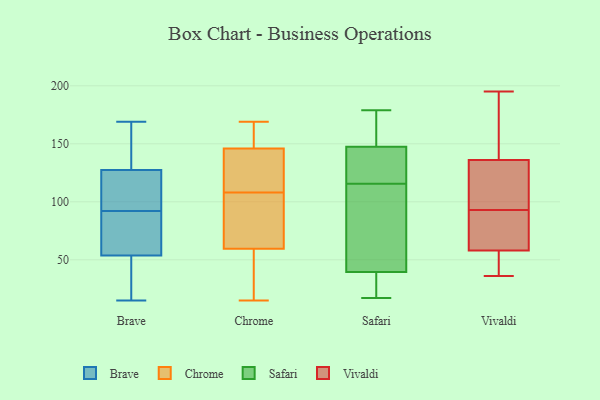
{"axis": {"x": "Operating Costs (USD K)", "y": "Value"}, "legend": ["Brave", "Chrome", "Safari", "Vivaldi"], "data": [{"x": "", "y": 108, "type": "Brave"}, {"x": "", "y": 134, "type": "Brave"}, {"x": "", "y": 92, "type": "Brave"}, {"x": "", "y": 99, "type": "Brave"}, {"x": "", "y": 169, "type": "Brave"}, {"x": "", "y": 50, "type": "Brave"}, {"x": "", "y": 65, "type": "Brave"}, {"x": "", "y": 134, "type": "Brave"}, {"x": "", "y": 19, "type": "Brave"}, {"x": "", "y": 71, "type": "Brave"}, {"x": "", "y": 15, "type": "Brave"}, {"x": "", "y": 164, "type": "Chrome"}, {"x": "", "y": 133, "type": "Chrome"}, {"x": "", "y": 108, "type": "Chrome"}, {"x": "", "y": 15, "type": "Chrome"}, {"x": "", "y": 129, "type": "Chrome"}, {"x": "", "y": 43, "type": "Chrome"}, {"x": "", "y": 166, "type": "Chrome"}, {"x": "", "y": 169, "type": "Chrome"}, {"x": "", "y": 140, "type": "Chrome"}, {"x": "", "y": 88, "type": "Chrome"}, {"x": "", "y": 65, "type": "Chrome"}, {"x": "", "y": 34, "type": "Chrome"}, {"x": "", "y": 72, "type": "Chrome"}, {"x": "", "y": 28, "type": "Safari"}, {"x": "", "y": 44, "type": "Safari"}, {"x": "", "y": 134, "type": "Safari"}, {"x": "", "y": 173, "type": "Safari"}, {"x": "", "y": 35, "type": "Safari"}, {"x": "", "y": 105, "type": "Safari"}, {"x": "", "y": 58, "type": "Safari"}, {"x": "", "y": 126, "type": "Safari"}, {"x": "", "y": 129, "type": "Safari"}, {"x": "", "y": 179, "type": "Safari"}, {"x": "", "y": 161, "type": "Safari"}, {"x": "", "y": 17, "type": "Safari"}, {"x": "", "y": 103, "type": "Vivaldi"}, {"x": "", "y": 36, "type": "Vivaldi"}, {"x": "", "y": 136, "type": "Vivaldi"}, {"x": "", "y": 72, "type": "Vivaldi"}, {"x": "", "y": 55, "type": "Vivaldi"}, {"x": "", "y": 195, "type": "Vivaldi"}, {"x": "", "y": 150, "type": "Vivaldi"}, {"x": "", "y": 182, "type": "Vivaldi"}, {"x": "", "y": 83, "type": "Vivaldi"}, {"x": "", "y": 129, "type": "Vivaldi"}, {"x": "", "y": 52, "type": "Vivaldi"}, {"x": "", "y": 69, "type": "Vivaldi"}, {"x": "", "y": 58, "type": "Vivaldi"}, {"x": "", "y": 121, "type": "Vivaldi"}]}